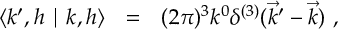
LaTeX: \langle k ^ { \prime } , h \mid k , h \rangle ~ ~ = ~ ~ ( 2 \pi ) ^ { 3 } { k ^ { 0 } } \delta ^ { ( 3 ) } ( \vec { k } ^ { \prime } - \vec { k } ) \ ,